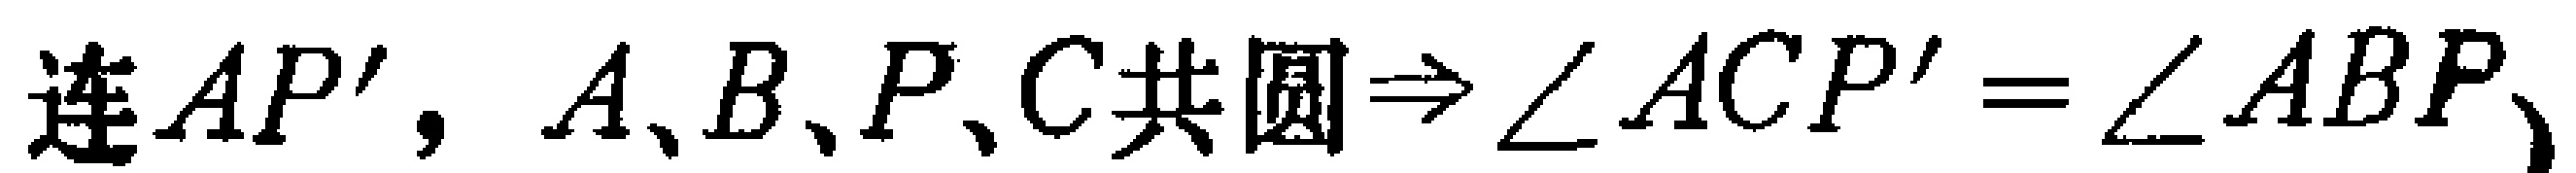
连$AP'$, $A、B、P、C共圆\Rightarrow\angle ACP'=\angle ABP、$